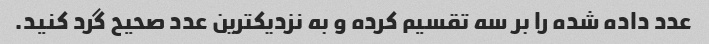
عدد داده شده را بر سه تقسیم کرده و به نزدیکترین عدد صحیح گرد کنید.